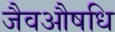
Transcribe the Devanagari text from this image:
जैवऔषधि